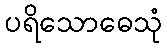
ပရိသောဓေသုံ